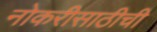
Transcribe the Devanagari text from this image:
नोकरीसाठीची